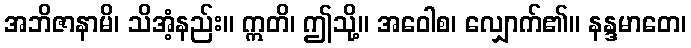
အဘိဇာနာမိ၊ သိအံ့နည်း။ ဣတိ၊ ဤသို့။ အဝေါစ၊ လျှောက်၏။ နန္ဒမာတေ၊